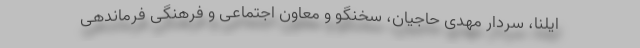
ایلنا، سردار مهدی حاجیان، سخنگو و معاون اجتماعی و فرهنگی فرماندهی